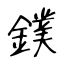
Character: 鏷